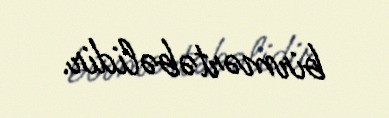
birmərtəbəlidir.